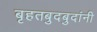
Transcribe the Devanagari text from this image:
बृहतबुदबुदांनी